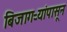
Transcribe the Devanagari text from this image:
बिजागऱ्यांपासून